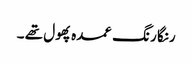
رنگا رنگ عمدہ پھول تھے ۔